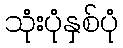
သုံးပုံနှစ်ပုံ